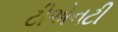
ટીએનટી